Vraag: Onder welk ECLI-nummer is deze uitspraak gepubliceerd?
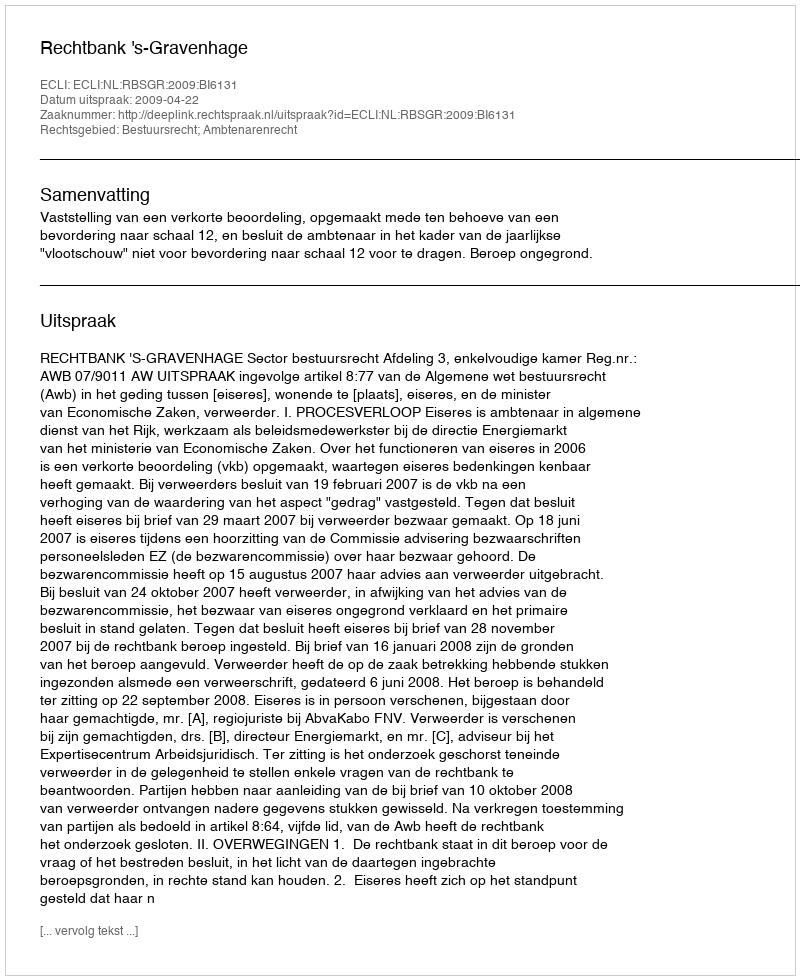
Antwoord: ECLI:NL:RBSGR:2009:BI6131